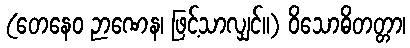
(တေနေဝ ဉာဏေန၊ ဖြင့်သာလျှင်။) ဝိသောဓိတတ္တာ၊